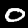
Label: 0